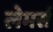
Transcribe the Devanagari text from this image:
लेमर्स